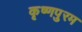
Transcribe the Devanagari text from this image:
कृष्णपुरम